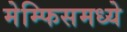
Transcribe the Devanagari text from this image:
मेम्फिसमध्ये